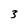
Character: 3